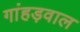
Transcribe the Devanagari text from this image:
गांहड़वाल